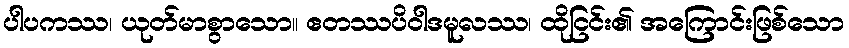
ပါပကဿ၊ ယုတ်မာစွာသော။ ဧတဿပိဝါဒမူလဿ၊ ထိုငြင်း၏ အကြောင်းဖြစ်သော